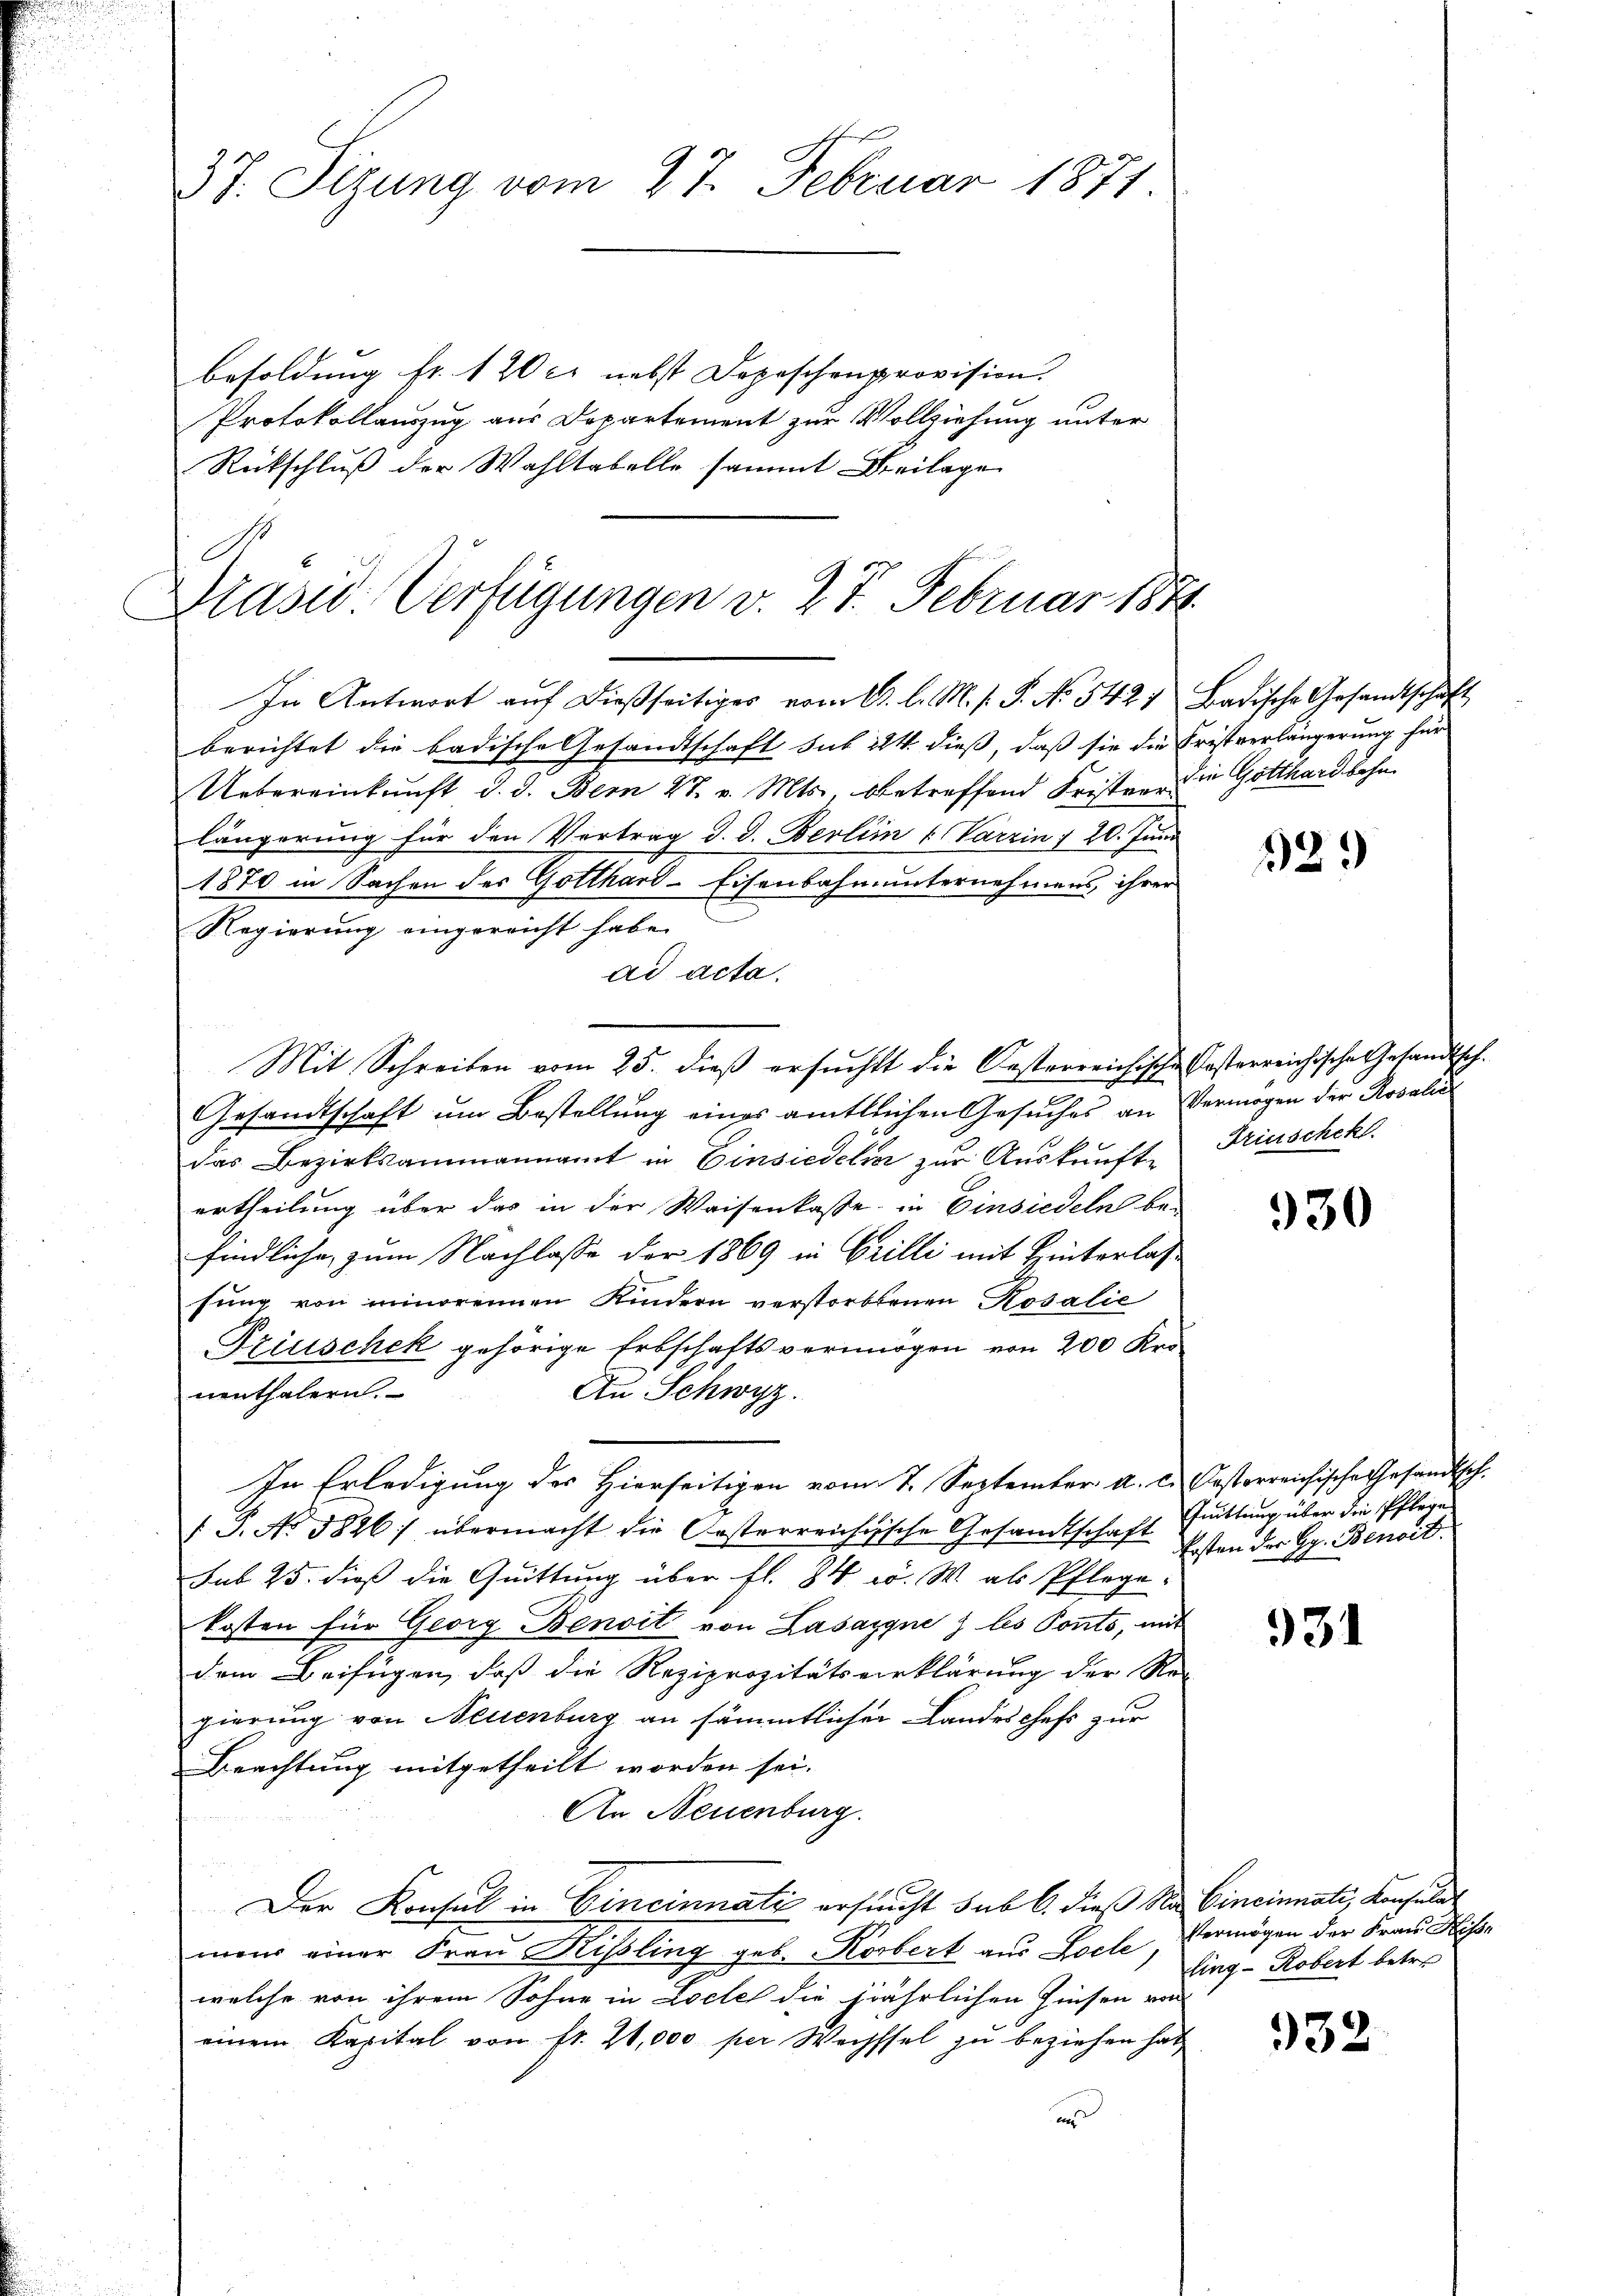
37. Sizung vom 27. Februar 1871

besoldung fr. 120 ct nebst Depeschenprovision.
Protokollauszug aus Departement zur Vollziehung unter
Rückschluß der Wahltabelle sammt Beilage
In Antwort auf dießseitiges vom 11. l. M. v. P. No. 5427 Badische Gesandtschaft
berichtet die badische Gesandtschaft sub 224. dieß, daß sie die Fristverlängerung für
Uebereinkunft d. d. Bern 27. v. Mts., betreffend Frister die Gotthard lehn
längerung für den Vertrag d. d. Berlin (Varzin / 20. Juni
1870 in Sachen des Gotthard-Eisenbahn unternehmens ihrer
Regierung eingereicht habe.
ad acta.
Mit Schreiben vom 25. dieβ ersŭcht die Oesterreichische Kosterreichische Gesandtsch-
Gesandtschaft um Bestellung eines amtlichen Gesuches an Vermögen der Rosalia
das Bezirksammannamt in Einsiedelia zur Auskunfte Trinscheh
ertheilung über das in der Waisenkasse in Einsiedeln be-
findliche zum Nachlasse der 1869 in Grilli mit Hinterlassung von minorennen Kindern verstorbenen Rosalie
Fziuschek gehörige Erbschaftsvermögen von 200 Kro
An Schwyz.
nenthalern.
In Erledigung des Hierseitigen vom 7. September a. c.
/. P. No 3826) übermacht die Oesterreichische Gesandtschaft
sub 25. dieß die Quittung über fl. 84 w. W. als Pflege
kosten für Georg Benoit von Lasaygnez les Ponts, mit
dem Beifügen, daß die Reziprozitätsverklärung der Re-
gierung von Neuenburg an sämmtlicher Landeschefs zur
Beachtung mitgetheilt worden sei.
An Neuenburg.
Der Konsul in Cincinnati ersucht sub 6. dieß Na Cincinuati, Konsulat
mons einer Frau Rißling geb. Korbert aus Loel, Vermögen der Frau Hesse
welche von ihrem Sohne in Locte die jährlichen Zinsen von
einem Kapital von fr. 20,000 per Wechssel zu beziehen hat
u

Drasio Verfügungen v. 27. Februar 1871

529

930

Oesterreichische Gesandtsch.
Quittung über die Pflege
Ersten der Hr. Benoit.

931

ling - Robert betre

932